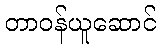
တာဝန်ယူဆောင်